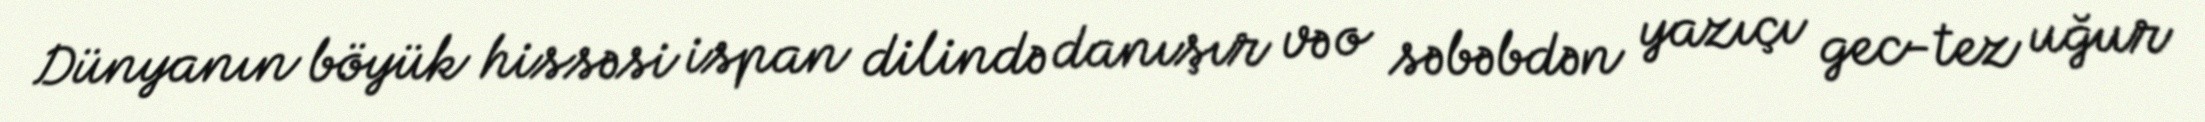
Dünyanın böyük hissəsi ispan dilində danışır və o səbəbdən yazıçı gec-tez uğur